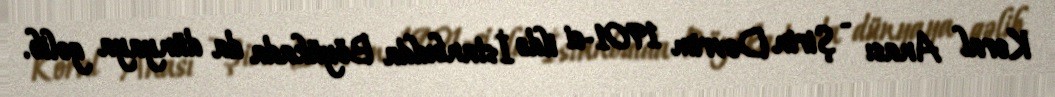
Koral Anası - Şirin Devrim 1901-ci ildə İstanbulda Böyükada da dünyaya gəlib.